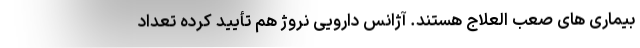
بیماری های صعب العلاج هستند. آژانس دارویی نروژ هم تأیید کرده تعداد